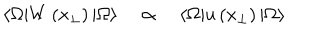
LaTeX: \langle \Omega | W \left( x _ { \perp } \right) | \Omega \rangle \quad \propto \quad \langle \Omega | u \left( x _ { \perp } \right) | \Omega \rangle